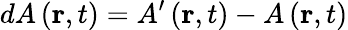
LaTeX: dA\left(\mathbf{r},t\right)=A^{\prime}\left(\mathbf{r},t\right)-A\left(\mathbf{r},t\right)